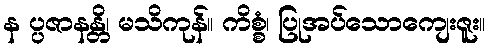
န ပ္ပဇာနန္တိ၊ မသိကုန်။ ကိစ္စံ၊ ပြုအပ်သောကျေးဇူး။